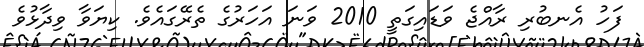
ފަހު އެނބުރި ރާއްޖެ ވަޑައިގަތީ 2010 ވަނަ އަހަރުގެ ތެރޭގައެވެ. ކިޔަވާ ވިދާޅުވެ